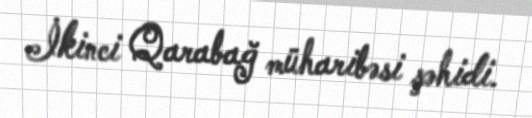
İkinci Qarabağ müharibəsi şəhidi.